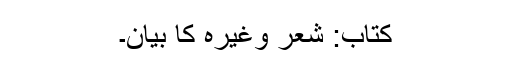
کتاب: شعر وغیرہ کا بیان۔